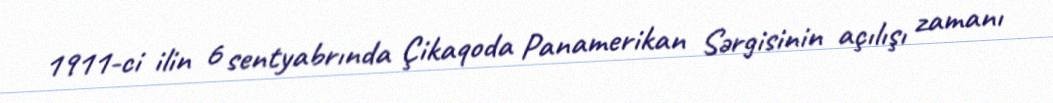
1911-ci ilin 6 sentyabrında Çikaqoda Panamerikan Sərgisinin açılışı zamanı